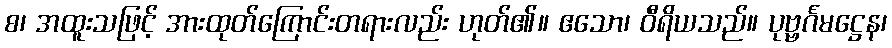
စ၊ အထူးသဖြင့် အားထုတ်ကြောင်းတရားလည်း ဟုတ်၏။ ဧသော၊ ဝီရိယသည်။ ပုဗ္ဗင်္ဂမဋ္ဌေန၊